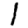
Digit: 1